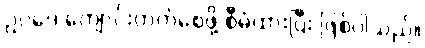
ဥပဒေ ကျောင်းတက်စေဖို့ စီမံထားပြီး ဖြစ်ပါသည်။